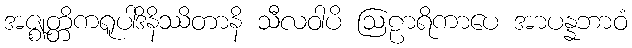
အဇ္ဈတ္တိကရူပါဒိနိဿိတာနိ သီလဝါပိ ဩဠာရိကာပေ အာပန္နဘာဝံ